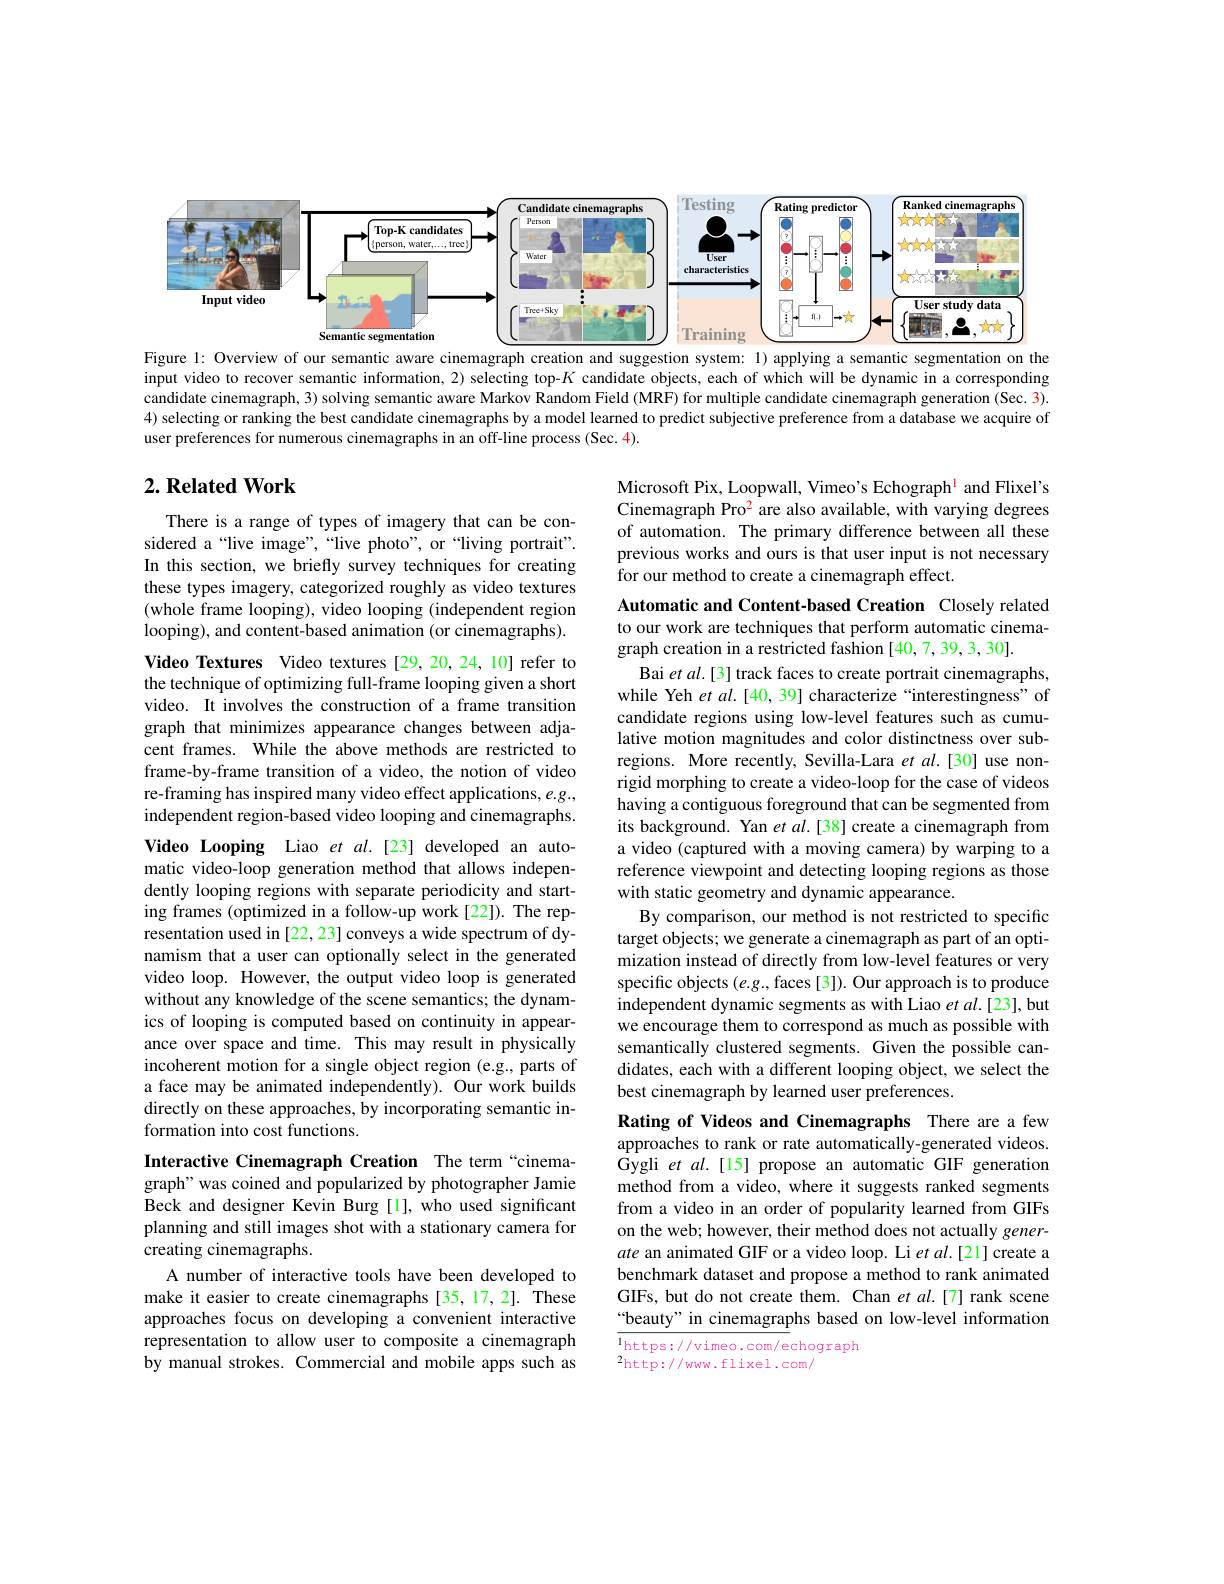
<FigureHere>
Figure 1: Overview of our semantic aware cinemagraph creation and suggestion system: 1) applying a semantic segmentation on the

input video to recover semantic information, 2) selecting top-$K$ candidate objects, each of which will be dynamic in a corresponding candidate cinemagraph, 3) solving semantic aware Markov Random Field (MRF) for multiple candidate cinemagraph generation (Sec. 3). 4) selecting or ranking the best candidate cinemagraphs by a model learned to predict subjective preference from a database we acquire of user preferences for numerous cinemagraphs in an off-line process (Sec.4).

# $2. \textbf{Related Work}$

Microsoft Pix, Loopwall, Vimeo's Echograph$^{\mathrm{l}}$ and Flixel's Cinemagraph Pro$^2$ are also available, with varying degrees of automation. The primary difference between all these previous works and ours is that user input is not necessary for our method to create a cinemagraph effect.

There is a range of types of imagery that can be considered a“live image”,“live photo”, or“living portrait". In this section, we briefly survey techniques for creating these types imagery, categorized roughly as video textures (whole frame looping), video looping (independent region looping), and content-based animation (or cinemagraphs).

Video Textures Video textures [29,20,24,10] refer to the technique of optimizing full-frame looping given a short video. It involves the construction of a frame transition graph that minimizes appearance changes between adjacent frames. While the above methods are restricted to frame-by-frame transition of a video, the notion of video re-framing has inspired many video effect applications, e.g., independent region-based video looping and cinemagraphs. Video Looping Liao et $al.$[23] developed an automatic video-loop generation method that allows independently looping regions with separate periodicity and starting frames (optimized in a follow-up work [22]). The representation used in [22, 23] conveys a wide spectrum of dynamism that a user can optionally select in the generated video loop. However, the output video loop is generated without any knowledge of the scene semantics; the dynamics of looping is computed based on continuity in appearance over space and time. This may result in physically incoherent motion for a single object region (e.g., parts of a face may be animated independently). Our work builds directly on these approaches, by incorporating semantic information into cost functions.
Interactive Cinemagraph Creation The term “cinemagraph" was coined and popularized by photographer Jamie

Automatic and Content-based Creation Closely related to our work are techniques that perform automatic cinemagraph creation in a restricted fashion [40,7,39,3,30].
Bai et al.[3] track faces to create portrait cinemagraphs, while Yeh $etal.[40,39]$ characterize“interestingness" of candidate regions using low-level features such as cumulative motion magnitudes and color distinctness over subregions. More recently, Sevilla-Lara $etal.$[30]use nonrigid morphing to create a video-loop for the case of videos having a contiguous foreground that can be segmented from its background. Yan et al.[38] create a cinemagraph from a video (captured with a moving camera) by warping to a reference viewpoint and detecting looping regions as those with static geometry and dynamic appearance.
By comparison, our method is not restricted to specific target objects; we generate a cinemagraph as part of an optimization instead of directly from low-level features or very specific objects $(e.g.$,faces [3]). Our approach is to produce independent dynamic segments as with Liao et al.[23], but we encourage them to correspond as much as possible with semantically clustered segments. Given the possible candidates, each with a different looping object, we select the best cinemagraph by learned user preferences.
Rating of Videos and Cinemagraphs There are a few approaches to rank or rate automatically-generated videos. Gygli et al.[15] propose an automatic GIF generation method from a video, where it suggests ranked segments from a video in an order of popularity learned from GIFs on the web; however, their method does not actually gener-

ate an animated GIF or a video loop. Li et $al.[21]$ create a benchmark dataset and propose a method to rank animated GIFs, but do not create them. Chan $et$ al.[7] rank scene “beauty” in cinemagraphs based on low-level information $\overline {1}$https: / / vimeo. com/ echograph 2hther: / / vimeo. com/ echograph

Beck and designer Kevin Burg [l], who used significant planning and still images shot with a stationary camera for creating cinemagraphs.
A number of interactive tools have been developed to make it easier to create cinemagraphs [35,17,2]. These approaches focus on developing a convenient interactive representation to allow user to composite a cinemagraph by manual strokes. Commercial and mobile apps such as

$^{2}$http://www.flixel.com/